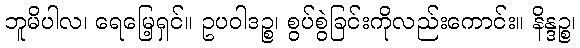
ဘူမိပါလ၊ ရေမြေ့ရှင်။ ဥပဝါဒဉ္စ၊ စွပ်စွဲခြင်းကိုလည်းကောင်း။ နိန္ဒဉ္စ၊